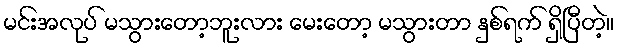
မင်းအလုပ် မသွားတော့ဘူးလား မေးတော့ မသွားတာ နှစ်ရက် ရှိပြီတဲ့။